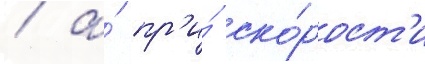
/ а́ пр'и́ ско́рост'и